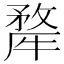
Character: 𭷳